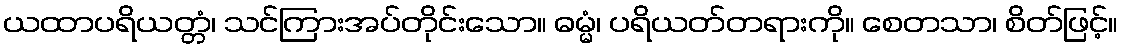
ယထာပရိယတ္တံ၊ သင်ကြားအပ်တိုင်းသော။ ဓမ္မံ၊ ပရိယတ်တရားကို။ စေတသာ၊ စိတ်ဖြင့်။